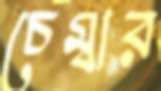
চেম্বার